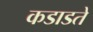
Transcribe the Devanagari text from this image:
कडाडते